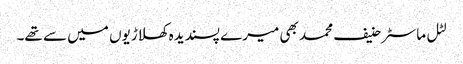
لٹل ماسٹر حنیف محمد بھی میرے پسندیدہ کھلاڑیوں میں سے تھے۔